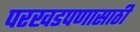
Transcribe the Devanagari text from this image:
परखडपणासाठी